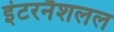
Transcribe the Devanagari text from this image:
इंटरनैशलल